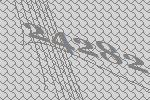
24282